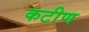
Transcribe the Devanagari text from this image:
कटीण